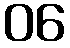
06